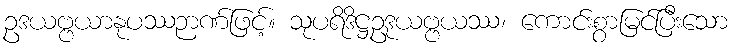
ဥဒယဗ္ဗယာနုပဿဉာဏ်ဖြင့်။ သုပရိဒိဋ္ဌဥဒုယဗ္ဗယဿ၊ ကောင်းစွာမြင်ပြီးသော